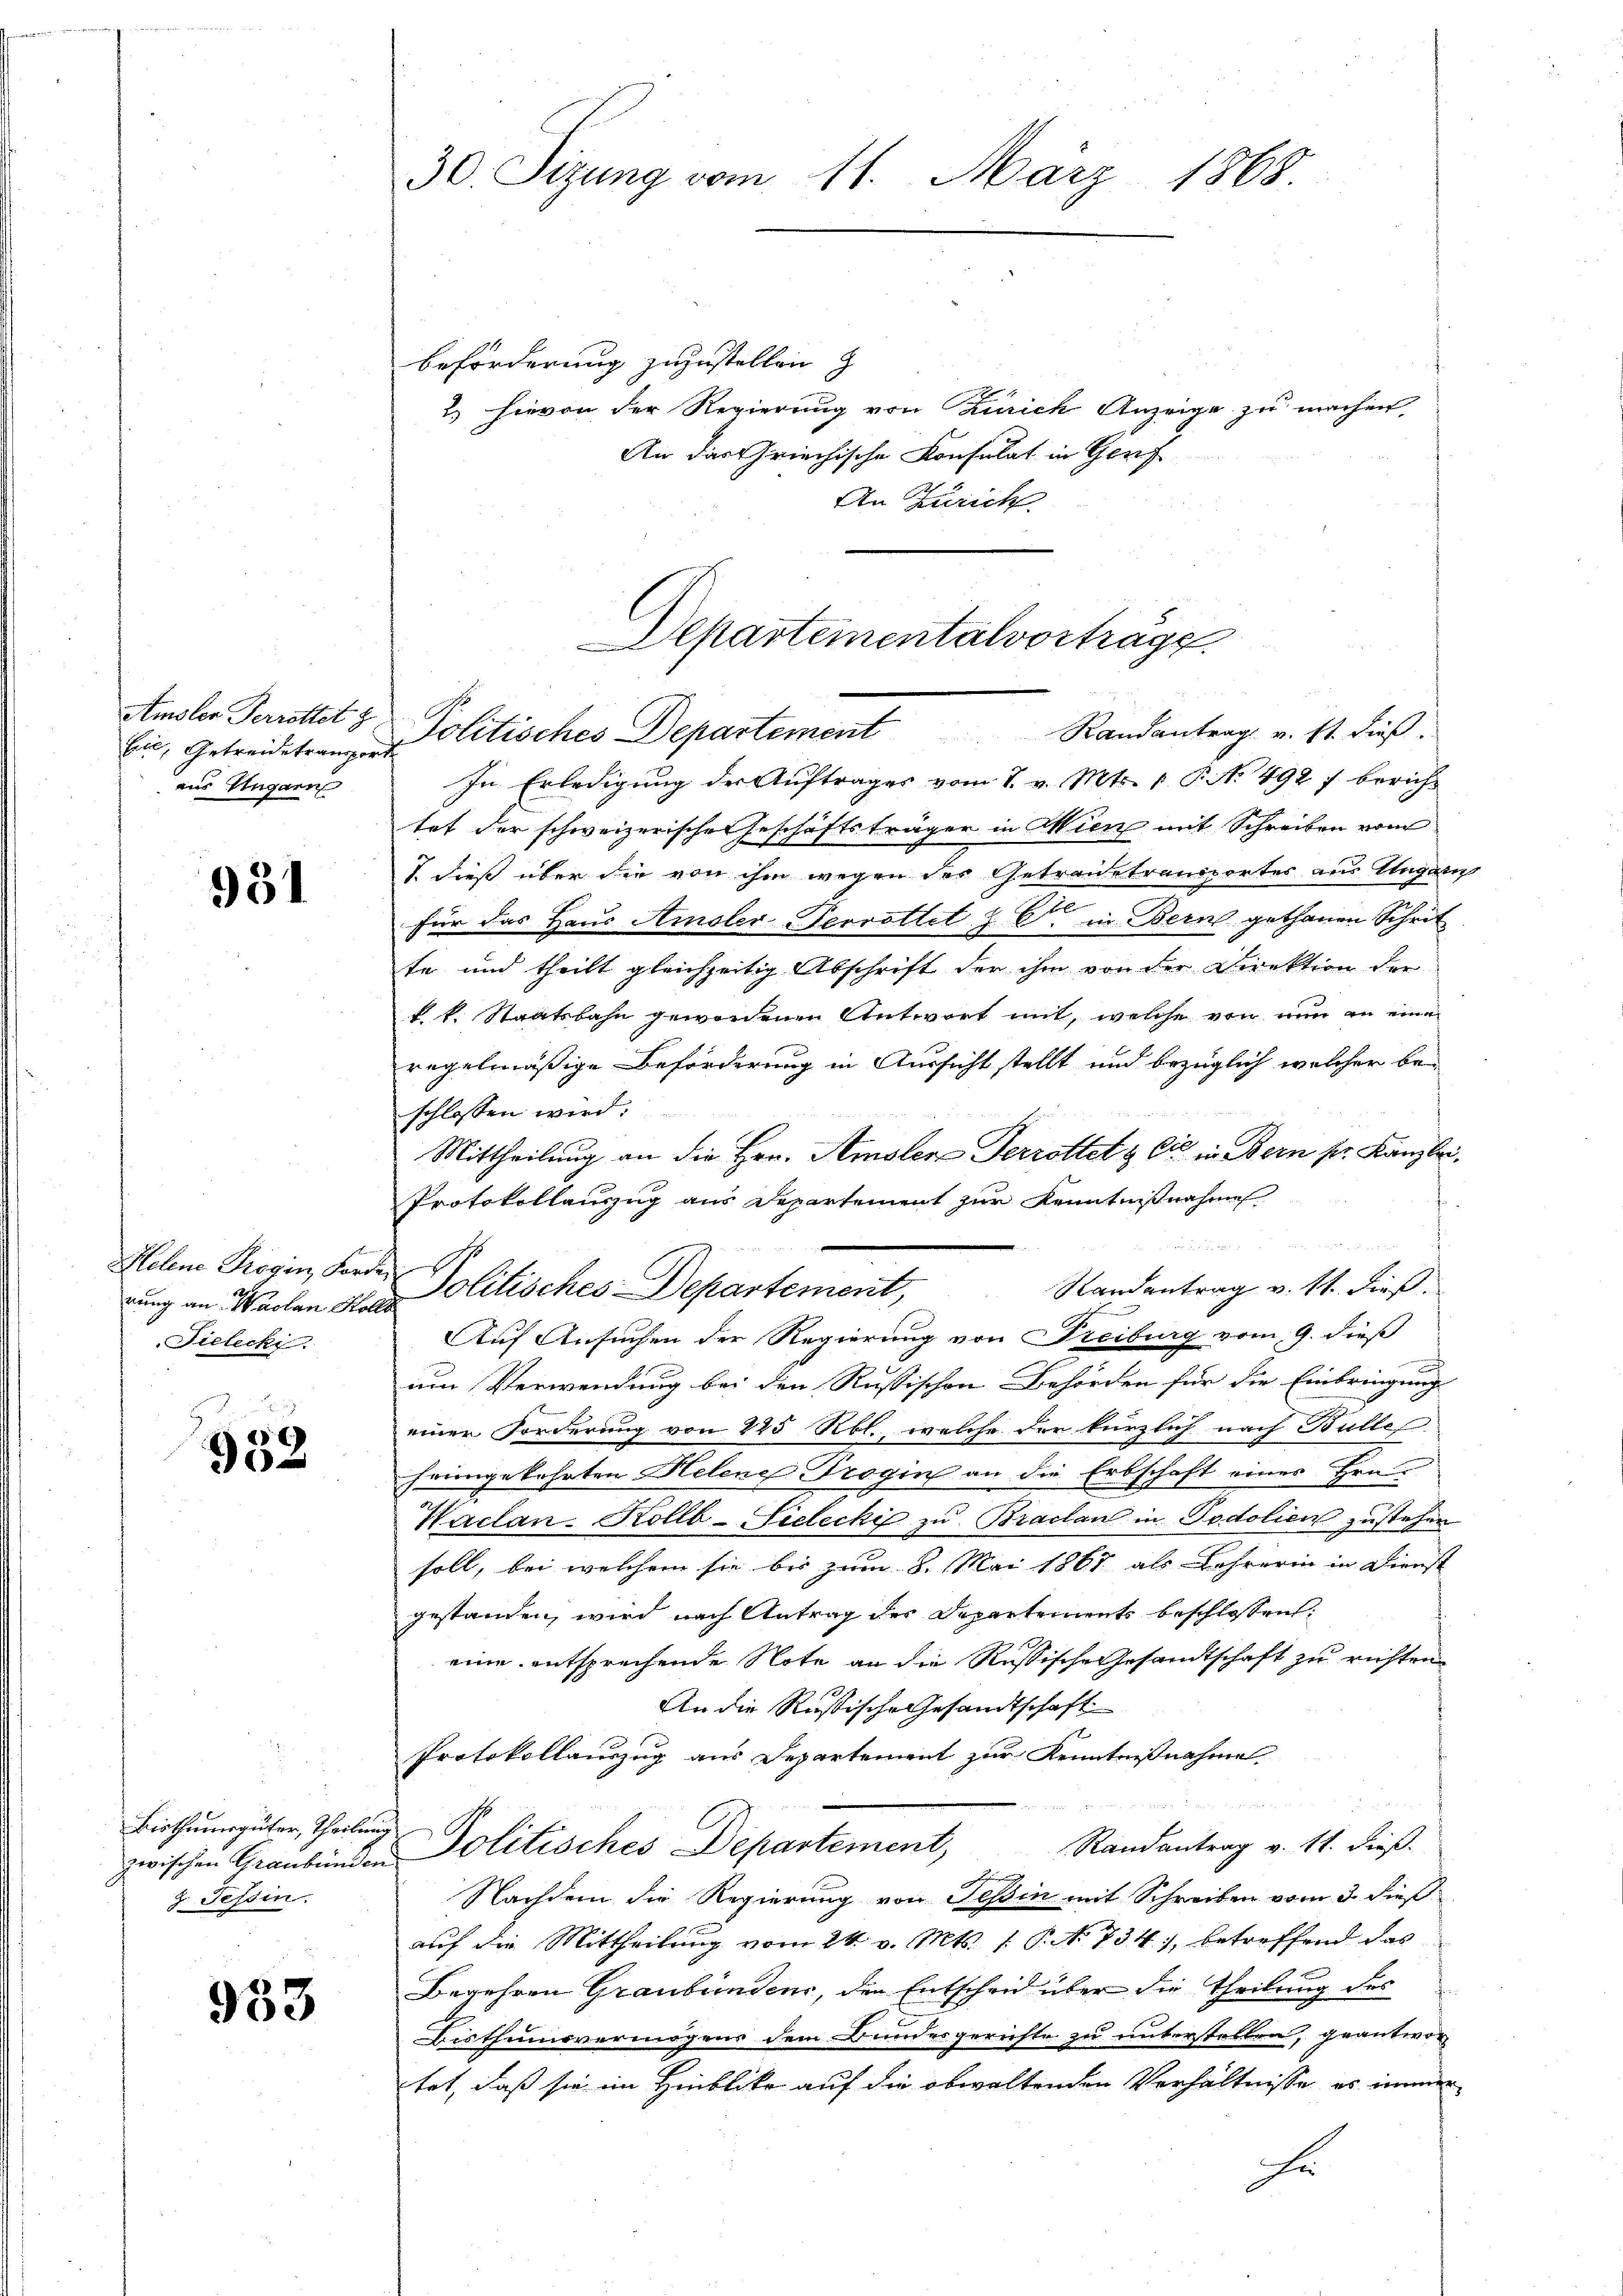
Eil, Getreide transport
aus Ungarn

931

Helene Progin, For
rung an Wachen S.
Tielecki.

952

Bisthumsgüter, Theilung
2. Tessin.

953

30. Sitzung vom 11. März 1868.

Beförderung zuzustellen z
2.) Hievon der Regierung von Zürich Anzeige zu machen
An das Griechische Konsulat in Genf
An Zürich.

In Erledigung der Auftrages vom 7. v. Mts. 1. P. No 492 f. berichtet der schweizerisches Geschäftsträger in Wien mit Schreiben vom
1. dieß über die von ihm wegen der Getrauetransportes aus Ungari
für das Haus Amsler-Terrottet z. B. in Bern gethanen Schrit
te und theilt gleichzeitig Abschrift der ihm von der Direktion der
k. k. Staatsbahn gewordenen Antwort mit, welche von nun an eine
regelmäßige Beförderung in Aussicht stellt und bezüglich welcher beschlossen wird.
Mittheilung an die Hrn. Amsler Terrottet & Cie in Bern pr. Kanzlei,
Protokollanzug aus Departement zur Kenntnißnahme
Randantrag v. 11. dieß.
ah
Auf Ansuchen der Regierung von Freiburg vom 9. dieß
um Verwendung bei den Russischen Behörden für die Einbringung
einer Forderung von 225 Rbl., welche der kürzlich nach Bülle
fringekehrten Helene Trogin an die Erbschaft eines Hrn.
Waclan. Kollb-Sielecki zu Braclan in Podolien zustehen
soll, bei welchem sie bis zum 8. Mai 1867 als Lehrerin in Dienst
gestanden, wird nach Antrag des Departements beschlossen:
eine entsprechende Note an die Russische Gesandtschaft zu richten
An die Rußische Gesandtschaft
Protokollauszug aus Departement zur Kenntnißnahme.
Randantrag v. 11. dieß.
zwischen Graubünden Politisches Departement,
Nachdem die Regierung von Teßin mit Schreiben vom 3. dieß
auf die Mittheilung vom 24. v. Mts. 1 S. 734), betreffend das
Begehren Graubünden, den Entscheid über die Theilung des
Bisthumsvermögens dem Bundesgerichte zu unterstellen, geantwor
tet, daß sie im Hinblika auf die obwaltenden Verhältnisse es immer
Fr

Departeinentalvortrage
Amsler Perrottet & Politisches Departement Randantrag u. 11. dieβ.

Politisches Departement,